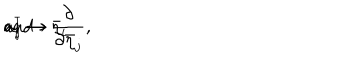
{ \bf a } _ { i } ^ { \dagger } \rightarrow \bar { \eta } _ { i } \hspace { 1 c m } \mathrm { a n d } \hspace { 1 c m } { \bf a } _ { j } \rightarrow \frac { \partial } { \partial \bar { \eta } _ { j } } ,